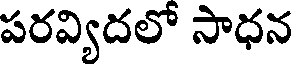
పరవ్యిదలో సాధన